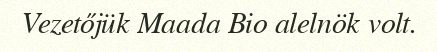
Vezetőjük Maada Bio alelnök volt.